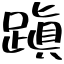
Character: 蹎